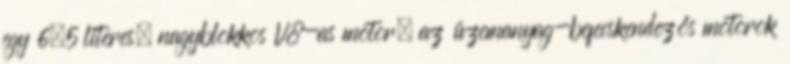
egy 6,5 literes, nagyblokkos V8-as motor; az üzemanyag-befecskendezős motorok